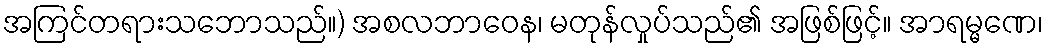
အကြင်တရားသဘောသည်။) အစလဘာဝေန၊ မတုန်လှုပ်သည်၏ အဖြစ်ဖြင့်။ အာရမ္မဏေ၊